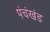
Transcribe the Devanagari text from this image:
पंचंखंड